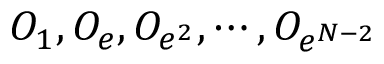
{ \cal O } _ { 1 } , { \cal O } _ { e } , { \cal O } _ { e ^ { 2 } } , \cdots , { \cal O } _ { e ^ { N - 2 } }